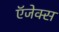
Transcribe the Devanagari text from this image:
ऍजेक्स